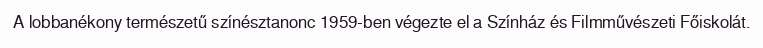
A lobbanékony természetű színésztanonc 1959-ben végezte el a Színház és Filmművészeti Főiskolát.